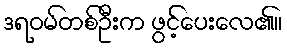
ဒရဝမ်တစ်ဦးက ဖွင့်ပေးလေ၏။